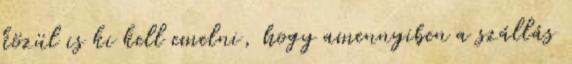
közül is ki kell emelni, hogy amennyiben a szállás